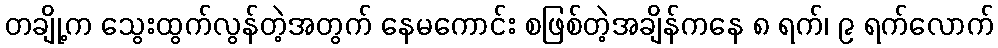
တချို့က သွေးထွက်လွန်တဲ့အတွက် နေမကောင်း စဖြစ်တဲ့အချိန်ကနေ ၈ ရက်၊ ၉ ရက်လောက်